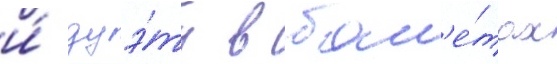
и́ дуэ́ты в бал'е́тах